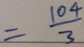
= \frac { 1 0 4 } { 3 }